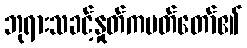
ဘုရားသခင့်နှုတ်ကပတ်တော်၏